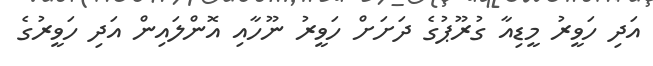
އަދި ހަވީރު މީޑިއާ ގުރޫޕުގެ ދަށަށް ހަވީރު ނޫހާއި އޮންލައިން އަދި ހަވީރުގެ